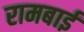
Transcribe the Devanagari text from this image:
रामबाईं